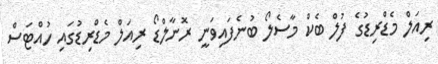
ރިއަލް މެޑްރިޑުގެ ފުލް ބެކް މާސެލޯ ބުނެފައިވަނީ ރޮނާލްޑޯ ރިއަލް މެޑްރިޑުގައި ހުއްޓަސް